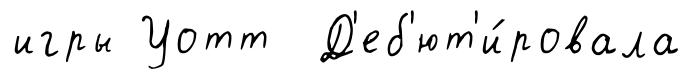
игры Уотт Д'еб'ют'и́ровала